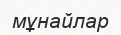
мұнайлар